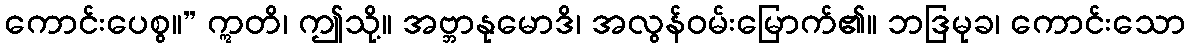
ကောင်းပေစွ။” ဣတိ၊ ဤသို့။ အဗ္ဘာနုမောဒိ၊ အလွန်ဝမ်းမြောက်၏။ ဘဒြမုခ၊ ကောင်းသော